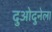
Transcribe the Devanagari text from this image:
दुओदुनेला